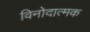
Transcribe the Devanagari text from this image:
विनोदात्मक